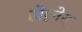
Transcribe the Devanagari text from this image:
होएनेस्